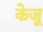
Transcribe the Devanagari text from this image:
केजू